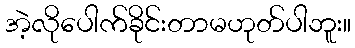
အဲ့လိုပေါက်ခိုင်းတာမဟုတ်ပါဘူး။